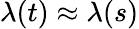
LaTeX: \lambda(t)\approx\lambda(s)